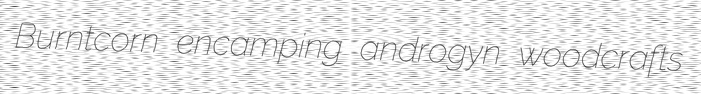
Burntcorn encamping androgyn woodcrafts